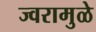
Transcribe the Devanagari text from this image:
ज्वरामुळे